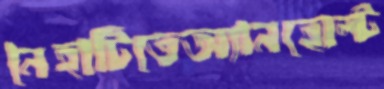
নৈহাটিতেঅ্যানহোল্ট